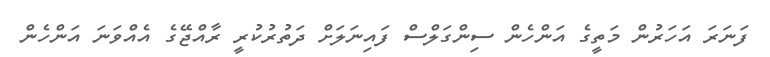
ފަނަރަ އަހަރުން މަތީގެ އަންހެން ސިންގަލްސް ފައިނަލަށް ދަތުރުކުރީ ރާއްޖޭގެ އެއްވަނަ އަންހެން